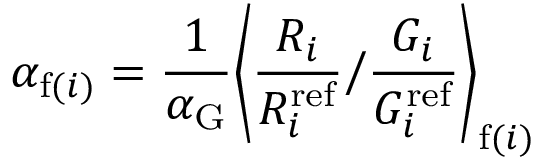
\alpha _ { \mathrm { f } ( i ) } = \frac { 1 } { \alpha _ { \mathrm { G } } } \bigg \langle \frac { R _ { i } } { R _ { i } ^ { \mathrm { r e f } } } \Big / \frac { G _ { i } } { G _ { i } ^ { \mathrm { r e f } } } \bigg \rangle _ { \mathrm { f } ( i ) }